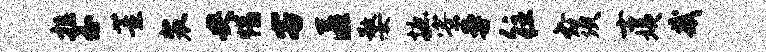
拉分董裴央惜客匿婺摭寮曼往必须士姨哉